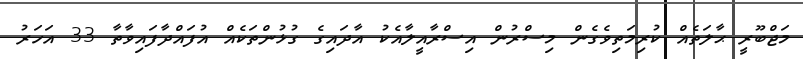
މަޖްބޫރީ ޙާލަތެއް ކުރިމަތިވެގެން މިސްރުން އިސްރާއީލާއެކު އާދައިގެ ގުޅުންތަކެއް އުފައްދާފައިވާތާ 33 އަހަރު